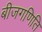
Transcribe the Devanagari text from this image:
बीजगणिति